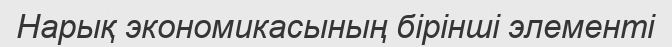
Нарық экономикасының бірінші элементі